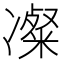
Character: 𫥚